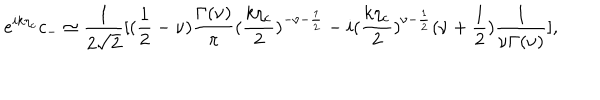
e ^ { i k \eta _ { c } } c _ { - } \simeq \frac { 1 } { 2 \sqrt { 2 } } [ ( \frac { 1 } { 2 } - \nu ) \frac { \Gamma ( \nu ) } { \pi } ( \frac { k \eta _ { c } } { 2 } ) ^ { - \nu - \frac { 1 } { 2 } } - i ( \frac { k \eta _ { c } } { 2 } ) ^ { \nu - \frac { 1 } { 2 } } ( \nu + \frac { 1 } { 2 } ) \frac { 1 } { \nu \Gamma ( \nu ) } ] ,